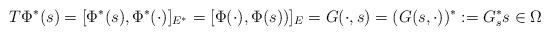
LaTeX: \begin{align*} T \Phi^* (s) = [\Phi^* (s), \Phi^* (\cdot ) ]_{E^*} = [\Phi (\cdot ) , \Phi(s) ) ]_{E} = G(\cdot , s) = (G(s, \cdot ))^* := G_s^* s\in\Omega \end{align*}